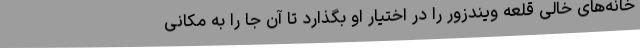
خانه‌های خالی قلعه ویندزور را در اختیار او بگذارد تا آن جا را به مکانی